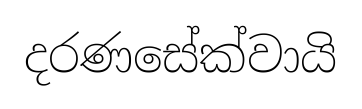
දරණසේක්වායි